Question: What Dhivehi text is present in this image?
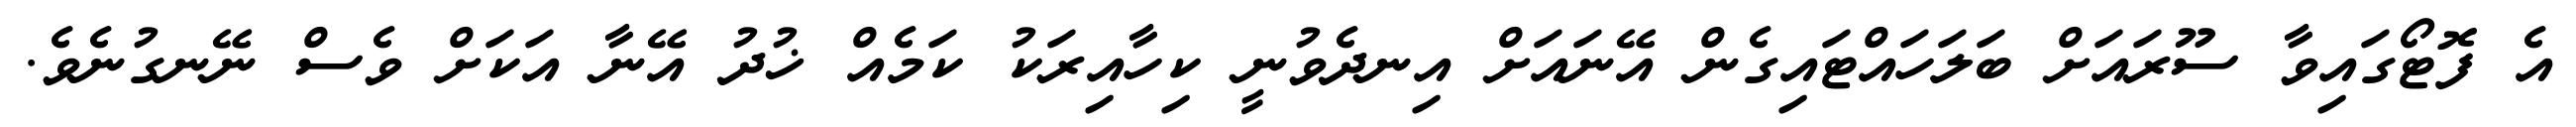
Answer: އެ ފޮޓޯގައިވާ ސޫރައަށް ބަލަހައްޓައިގެން އޭނައަށް އިނދެވުނީ ކިހާއިރަކު ކަމެއް ޚުދު އޭނާ އަކަށް ވެސް ނޭނގުނެވެ.